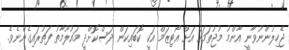
ޖެހިލުންނުވާނީ އާންމު މުޖުތަމައު އަށް އޯޓިޒަމް އަކީ ކޮބައިކަން ދަސްކޮށްދީ މައުލޫމާތު ފަތުރައިގެންނެވެ.